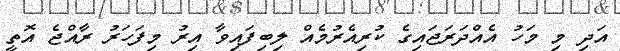
އަދި މި މަހު އެއްދަރަޖައިގެ ކުރިއެރުމެއް ލިބިފައިވާ އިރު މިފަހަރު ރާއްޖެ އޮތީ